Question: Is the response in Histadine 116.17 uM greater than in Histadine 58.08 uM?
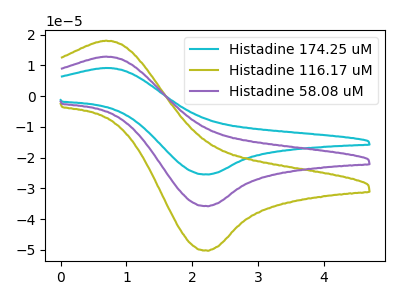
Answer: <think>The cyan curve "Histadine 174.25 uM" has an anodic peak at (0.70V, 25.65uA) and a cathodic peak at (2.25V, -71.65uA). The olive curve "Histadine 116.17 uM" has an anodic peak at (0.70V, 18.00uA) and a cathodic peak at (2.25V, -50.30uA). The purple curve "Histadine 58.08 uM" has an anodic peak at (0.70V, 12.85uA) and a cathodic peak at (2.25V, -35.80uA).
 All the peaks in "Histadine 116.17 uM" have a peak in "Histadine 58.08 uM" at the same potential. Every peak in "Histadine 116.17 uM" is higher than every peak in "Histadine 58.08 uM".</think>
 <answer>"Histadine 116.17 uM" has more signal than "Histadine 58.08 uM".</answer>
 <eval>more_signal</eval>